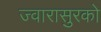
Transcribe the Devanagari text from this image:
ज्वारासुरकाे